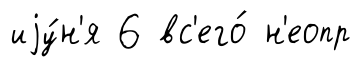
иjу́н'я 6 вс'его́ н'еопр